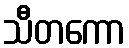
သီတကော